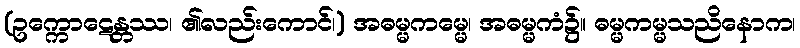
(ဥက္ကောဋေန္တဿ၊ ၏လည်းကောင်၊) အဓမ္မကမ္မေ၊ အဓမ္မကံ၌။ ဓမ္မကမ္မသညိနောက၊